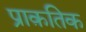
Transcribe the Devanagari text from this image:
प्राक़तिक